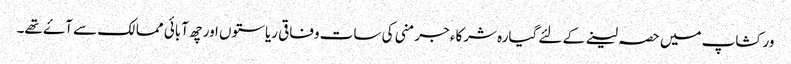
ورکشاپ میں حصہ لینے کے لئے گیارہ شرکاء جرمنی کی سات وفاقی ریاستوں اور چھ آبائی ممالک سے آۓ تھے۔